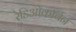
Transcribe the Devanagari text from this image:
रेडिओकार्बन